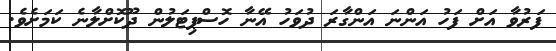
ފަރުވާ އަށް ފަހު އަންނަ އަންގާރަ ދުވަހު އޭނާ ހޮސްޕިޓަލުން ދޫކޮށްލާނެ ކަމަށެވެ.